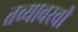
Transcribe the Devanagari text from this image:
तव्यावरची